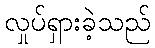
လှုပ်ရှားခဲ့သည်